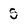
Character: S